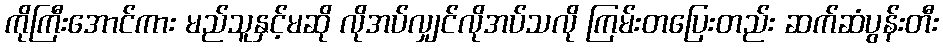
ကိုကြီးအောင်ကား မည်သူနှင့်မဆို လိုအပ်လျှင်လိုအပ်သလို ကြမ်းတပြေးတည်း ဆက်ဆံပွန်းတီး